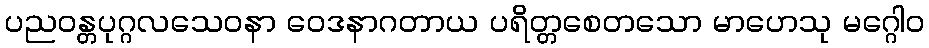
ပညဝန္တပုဂ္ဂလသေဝနာ ဝေဒနာဂတာယ ပရိတ္တစေတသော မာဟေသု မဂ္ဂေါဝ